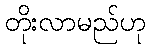
တိုးလာမည်ဟု